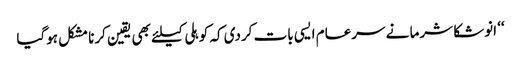
‘‘ انوشکا شرما نے سرعام ایسی بات کردی کہ کوہلی کیلئے بھی یقین کرنا مشکل ہوگیا